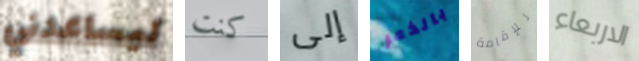
ليساعدني كنت إلى بالذعر للإقامة الاربعاء